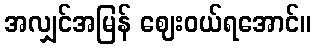
အလျှင်အမြန် ဈေးဝယ်ရအောင်။